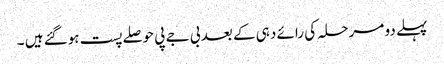
پہلے دو مرحلہ کی رائے دہی کے بعد بی جے پی حوصلے پست ہوگئے ہیں ۔